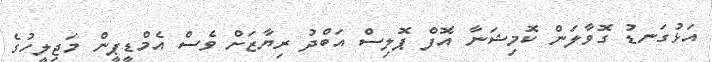
އަޅުގަނޑު ގޮވާލަން ކޮމިޝަނާ އޮފް ޕޮލިސް އަބްދު ރިޔާޒަށް ވެސް އެމްޑީޕީން މަޖިލީހުގެ